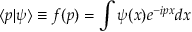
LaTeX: \langle p | \psi \rangle \equiv f ( p ) = \int \psi ( x ) e ^ { - i p x } d x